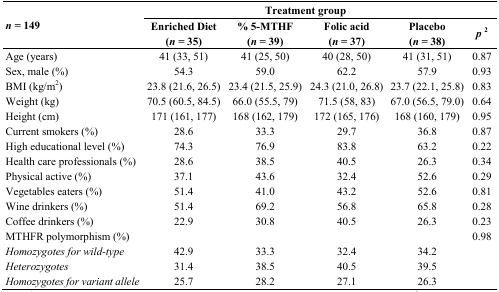
<table><thead><tr><td rowspan="2"><b><i>n</i> = 149</b></td><td colspan="4"><b>Treatment group</b></td><td></td></tr><tr><td><b>Enriched Diet (<i>n</i> = 35)</b></td><td><b>% 5-MTHF (<i>n</i> = 39)</b></td><td><b>Folic acid (<i>n</i> = 37)</b></td><td><b>Placebo (<i>n</i> = 38)</b></td><td><b><i>p</i><sup>2</sup></b></td></tr></thead><tbody><tr><td>Age (years)</td><td>41 (33, 51)</td><td>41 (25, 50)</td><td>40 (28, 50)</td><td>41 (31, 51)</td><td>0.87</td></tr><tr><td>Sex, male (%)</td><td>54.3</td><td>59.0</td><td>62.2</td><td>57.9</td><td>0.93</td></tr><tr><td>BMI (kg/m<sup>2</sup>)</td><td>23.8 (21.6, 26.5)</td><td>23.4 (21.5, 25.9)</td><td>24.3 (21.0, 26.8)</td><td>23.7 (22.1, 25.8)</td><td>0.83</td></tr><tr><td>Weight (kg)</td><td>70.5 (60.5, 84.5)</td><td>66.0 (55.5, 79)</td><td>71.5 (58, 83)</td><td>67.0 (56.5, 79.0)</td><td>0.64</td></tr><tr><td>Height (cm)</td><td>171 (161, 177)</td><td>168 (162, 179)</td><td>172 (165, 176)</td><td>168 (160, 179)</td><td>0.95</td></tr><tr><td>Current smokers (%)</td><td>28.6</td><td>33.3</td><td>29.7</td><td>36.8</td><td>0.87</td></tr><tr><td>High educational level (%)</td><td>74.3</td><td>76.9</td><td>83.8</td><td>63.2</td><td>0.22</td></tr><tr><td>Health care professionals (%)</td><td>28.6</td><td>38.5</td><td>40.5</td><td>26.3</td><td>0.34</td></tr><tr><td>Physical active (%)</td><td>37.1</td><td>43.6</td><td>32.4</td><td>52.6</td><td>0.29</td></tr><tr><td>Vegetables eaters (%)</td><td>51.4</td><td>41.0</td><td>43.2</td><td>52.6</td><td>0.81</td></tr><tr><td>Wine drinkers (%)</td><td>51.4</td><td>69.2</td><td>56.8</td><td>65.8</td><td>0.28</td></tr><tr><td>Coffee drinkers (%)</td><td>22.9</td><td>30.8</td><td>40.5</td><td>26.3</td><td>0.23</td></tr><tr><td>MTHFR polymorphism (%)</td><td></td><td></td><td></td><td></td><td>0.98</td></tr><tr><td><i>Homozygotes for wild-type</i></td><td>42.9</td><td>33.3</td><td>32.4</td><td>34.2</td><td></td></tr><tr><td><i>Heterozygotes</i></td><td>31.4</td><td>38.5</td><td>40.5</td><td>39.5</td><td></td></tr><tr><td><i>Homozygotes for variant allele</i></td><td>25.7</td><td>28.2</td><td>27.1</td><td>26.3</td><td></td></tr></tbody></table>